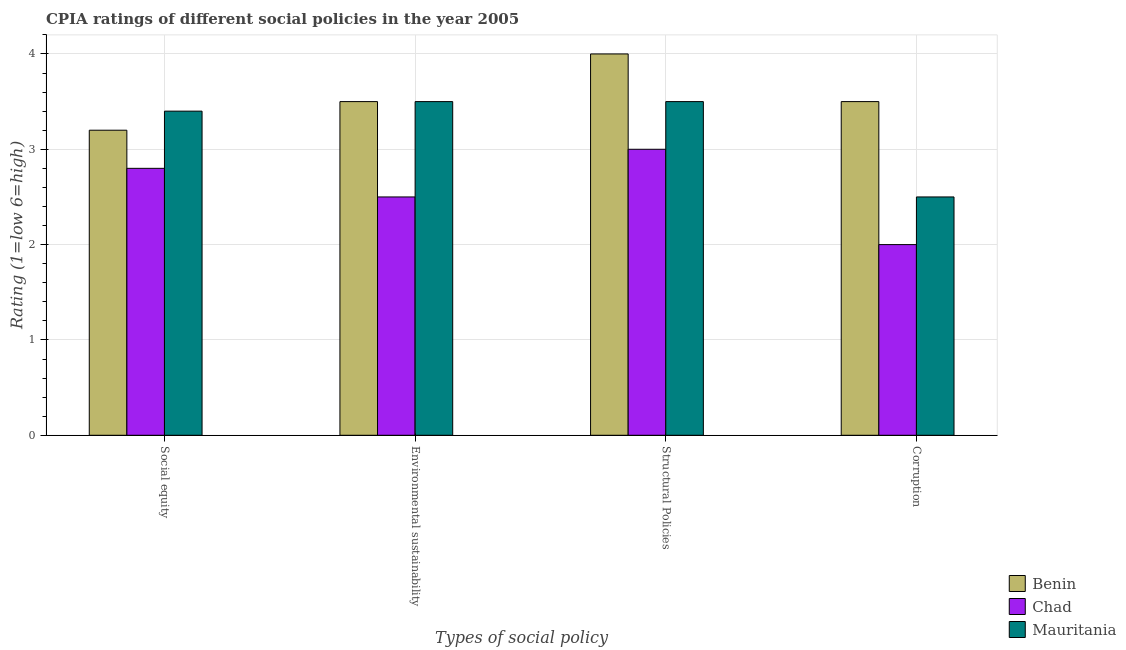
| Types of social policy | Benin | Chad | Mauritania |
 | --- | --- | --- | --- |
 | Social equity | 3.2 | 2.8 | 3.4 |
 | Environmental sustainability | 3.5 | 2.5 | 3.5 |
 | Structural Policies | 4 | 3 | 3.5 |
 | Corruption | 3.5 | 2 | 2.5 |